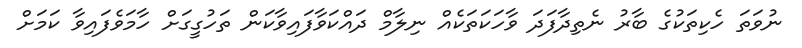
ނުވަތަ ހެކިތަކުގެ ބާރު ނެތިދާފަދަ ވާހަކަތަކެއް ނިލާމް ދައްކަވާފައިވާކަން ތަހުގީގަށް ހާމަވެފައިވާ ކަމަށް